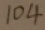
1 0 4